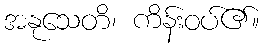
အနုသေတိ၊ ကိန်းဝပ်၏။